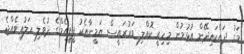
މަގު ދައްކައިދޭން އުޅުމުން މިހިރީ ކޮއްލި ވަރުރައީސް ޔަމީނާއެކު ޕީޕީއެމްގެ ދުވެލި ހަލުއިވެއްޖެ